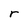
Character: r